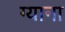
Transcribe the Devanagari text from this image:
ग्याना